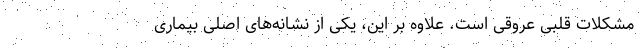
مشکلات قلبی عروقی است. علاوه بر این، یکی از نشانه‌های اصلی بیماری